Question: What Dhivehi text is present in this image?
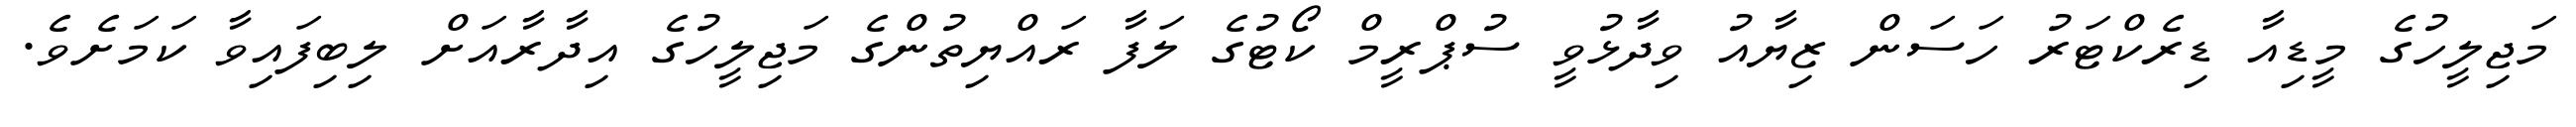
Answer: މަޖިލީހުގެ މީޑިއާ ޑިރެކްޓަރު ހަސަން ޒިޔާއު ވިދާޅުވީ ސުޕްރީމް ކޯޓުގެ ލަފާ ރައްޔިތުންގެ މަޖިލީހުގެ އިދާރާއަށް ލިބިފައިވާ ކަމަށެވެ.